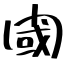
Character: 閾